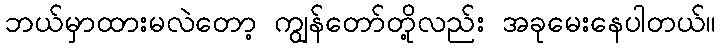
ဘယ်မှာထားမလဲတော့ ကျွန်တော်တို့လည်း အခုမေးနေပါတယ်။